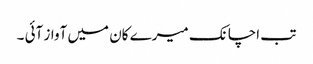
تب اچانک میرے کان میں آواز آئی ۔